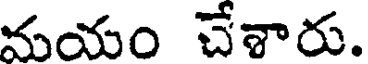
మయం చేశారు.